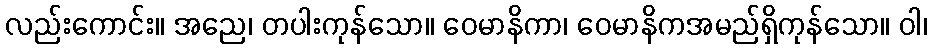
လည်းကောင်း။ အညေ၊ တပါးကုန်သော။ ဝေမာနိကာ၊ ဝေမာနိကအမည်ရှိကုန်သော။ ဝါ၊